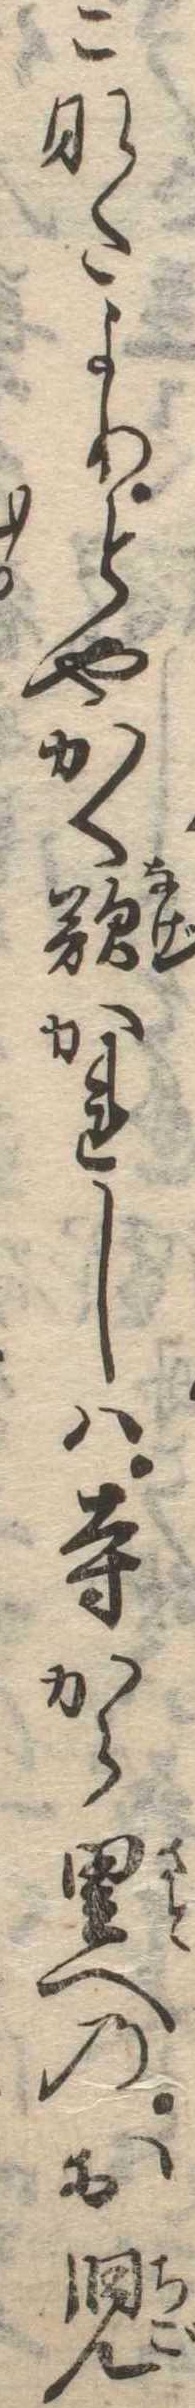
こなたよりとやかく歎かれしは寺から里へのお児